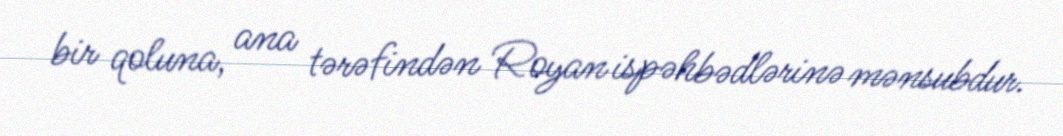
bir qoluna, ana tərəfindən Royan ispəhbədlərinə mənsubdur.